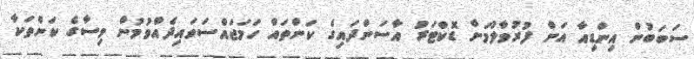
ސަބަބުން އިންޑިއާ އަށް ފުރުވާލުމަށް ޑޮކްޓަރު އާސަންދައިގެ ކަންތައް ހަމަޖައްސަވައިދެއްވުމުން ވިސާގެ ކަންތަކާ